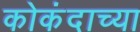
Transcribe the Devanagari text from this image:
कोकंदाच्या